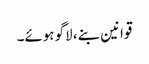
قوانین بنے، لاگو ہوئے۔